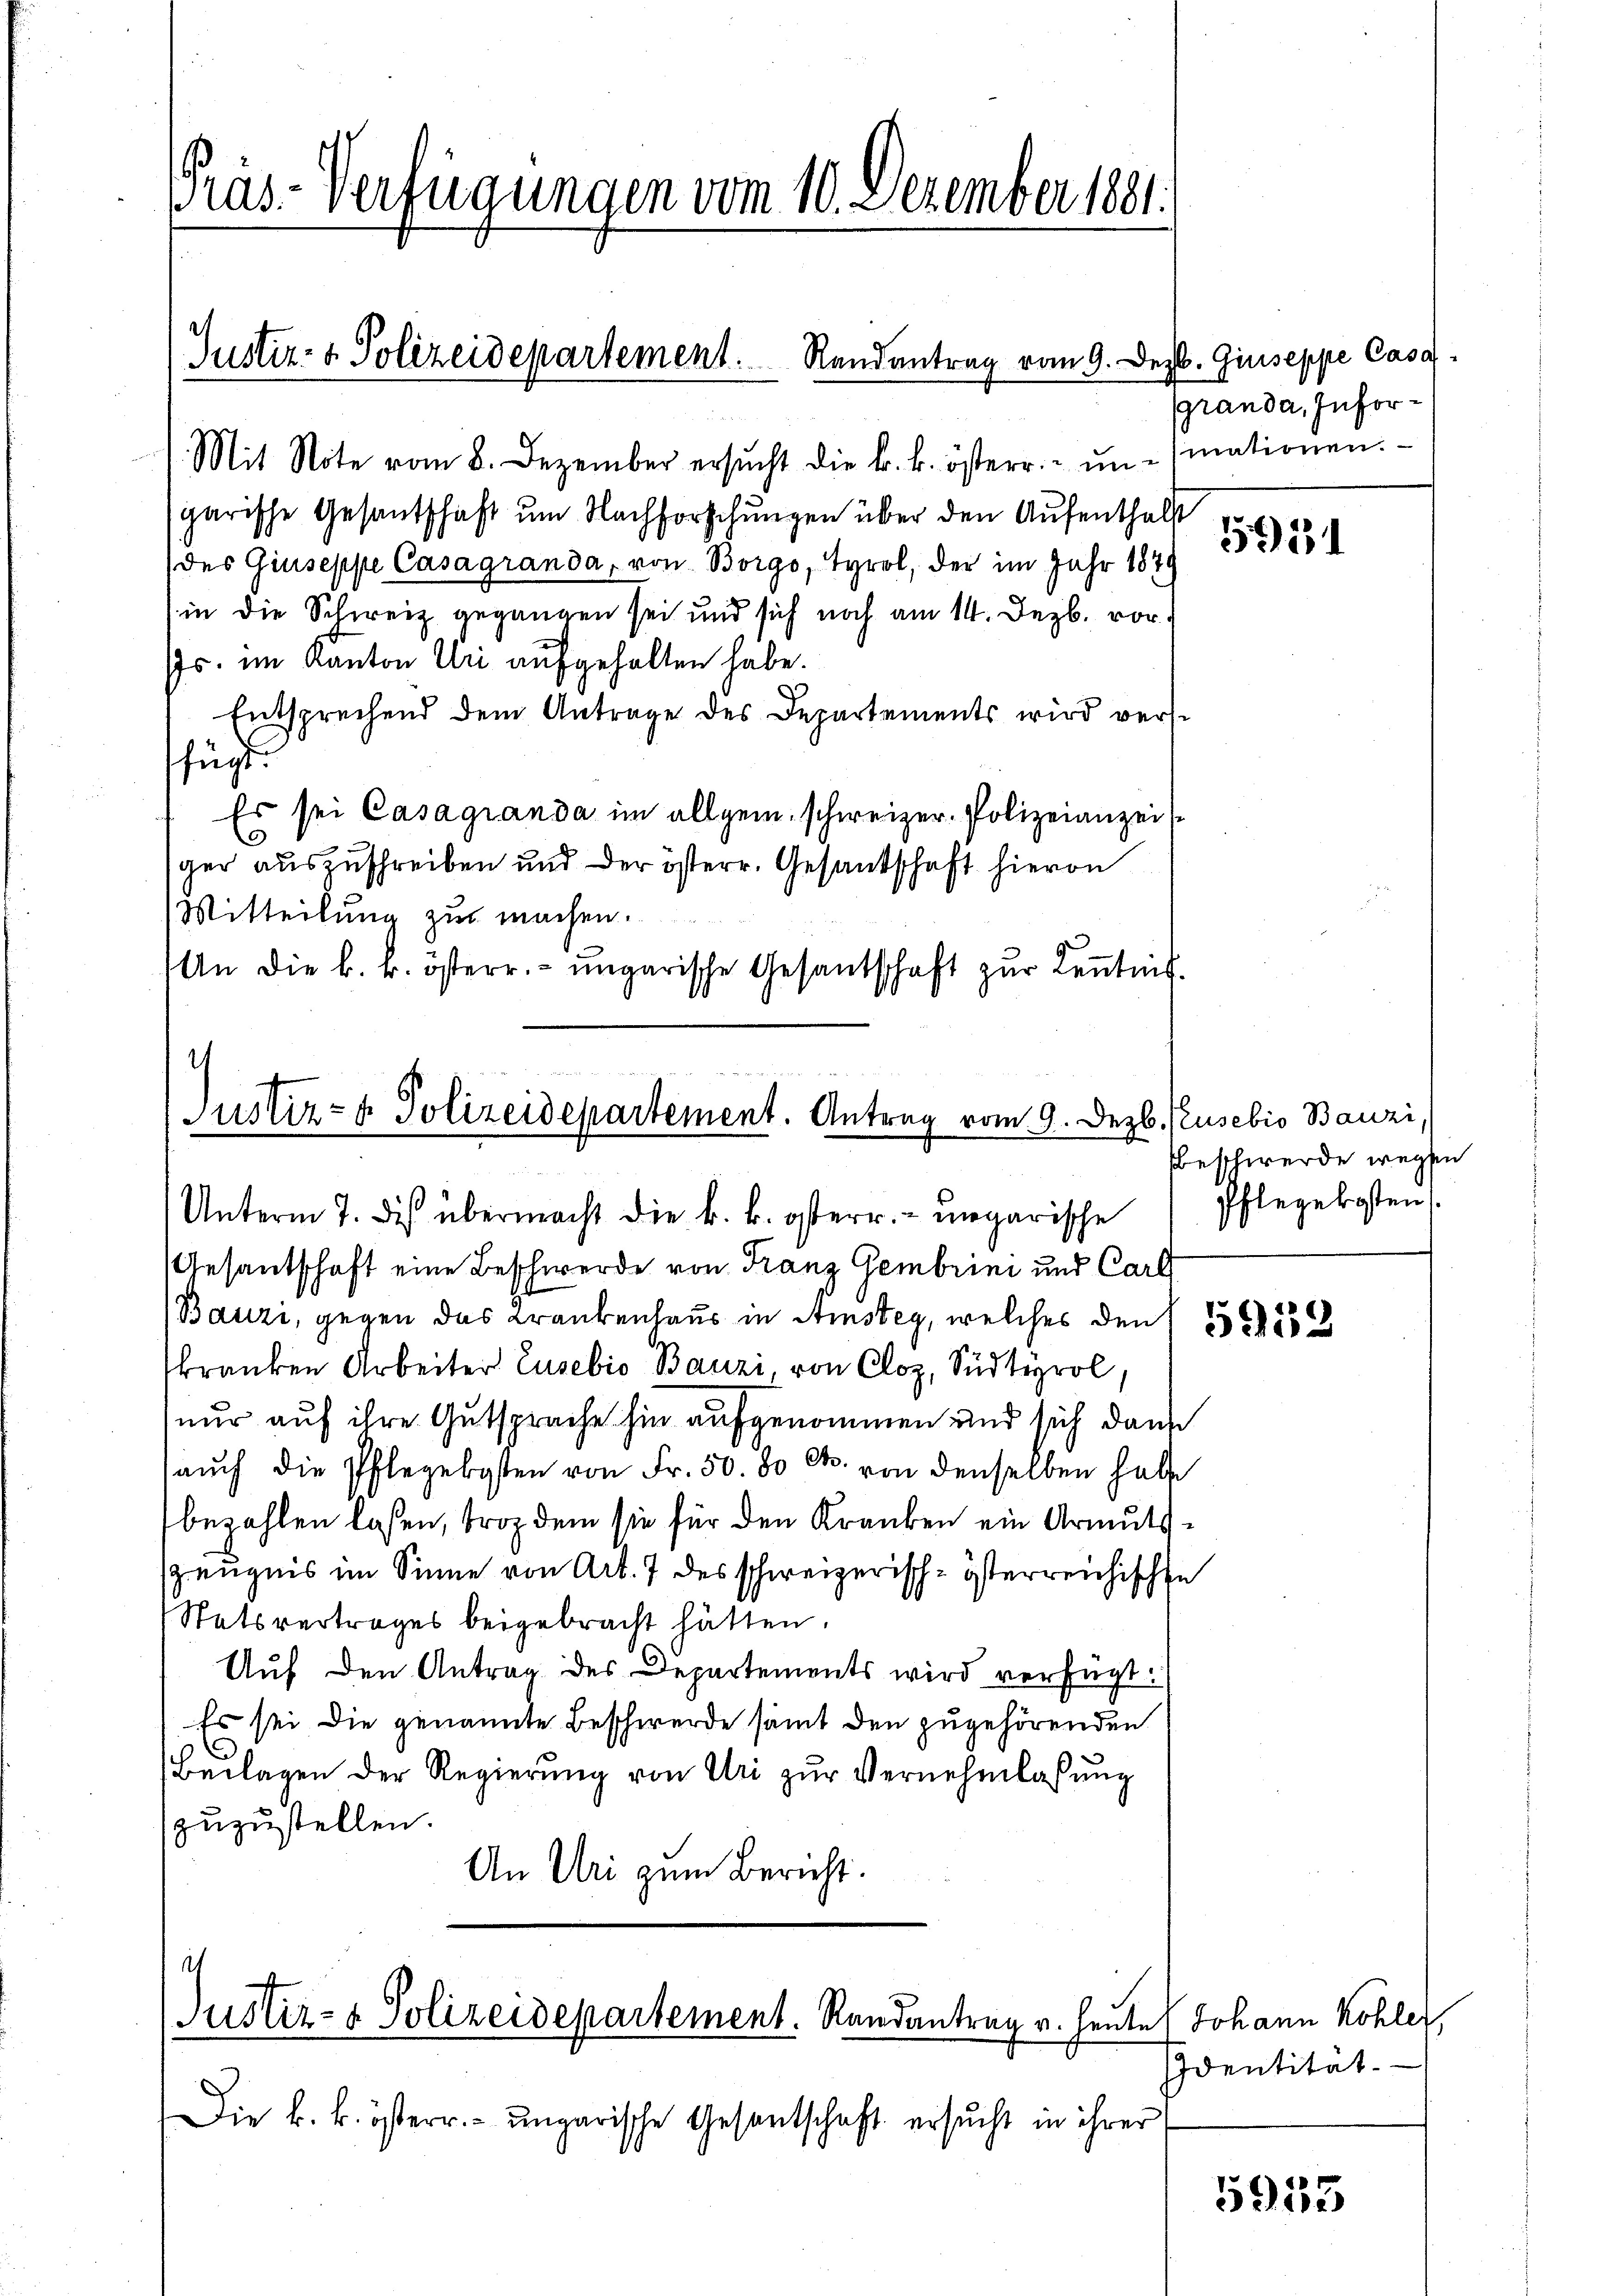
Präs-Verfügungen vom 10. Dezember 1881.

Justiz- & Polizeidepartement. Randantrag vom 9. De
Mit Note vom 8. Dezember ersŭcht die k. k. österr.- ŭn-siationen.

sgarische Gesantschaft um Nachforschungen über den Aufenthalt
(des Giuseppe Casagranda, von Borgo, Tyrol, der im Jahr 1879
in die Schweiz gegangen sei und sich noch am 14. Jezb. vor
s. im Kanton Uri aufgehalten habe.
Entsprechend dem Antrage des Departements wird versfügt.
Es sei Casagranda im allgem. schweizer- Polizeianzeit
.
ger auszuschreiben und der österr. Gesandschaft hievon
Mitteilung zur machen.
An die k. k. österr. ungarische Gesantschaft zur Kenntnis.

.
Justiz- & Polizeidepartement. Antrag vom 9. Dezb. Pusebio Bauzi,
Unterm 7. des übermacht die k. k. österr. ungarische Pflegekosten.

I
Justiz- & Polizeidepartement. Randantrag v. heute (Johann Kohler,

Gesantschaft eine Beschwerde von Franz Gembrini und Carl
Bauzi, gegen das Krankenhaus in Amsteg, welches den 153
skranken Arbeiter Eusebio Bauzi, von Cloz, Südtyrol,
nur auf ihre Gutsprache hin aufgenommen und sich dann
aŭch die Pflegelgsten von Fr. 50. 80 Ct. von denselben habe
bezahlen lassen, broz dem sie für den Kranken ein Armuts¬
Zeugnis im Sinne von Art. 7 des schweizerisch-österreichische
Statsvertrages beigebracht hätten.
Auf den Antrag des Departements wird verfügt:
Es sei die genannte Beschwerde samt den zugehörenden
Beilagen der Regierŭng von Uri zŭr Vernehmlassŭng
zuzustellen.
An Uri zum Bericht.

Die k. k. österr. ungarische Gesantschaft ersucht in ihrer

b. Giuseppe Casa
Granda, Infor¬

551

beschwerde wegen

Identität

5955